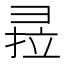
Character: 𰐣